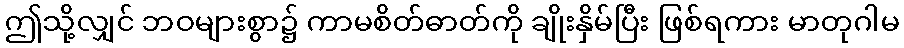
ဤသို့လျှင် ဘဝများစွာ၌ ကာမစိတ်ဓာတ်ကို ချိုးနှိမ်ပြီး ဖြစ်ရကား မာတုဂါမ